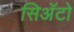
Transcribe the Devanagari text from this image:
सिअॅटो